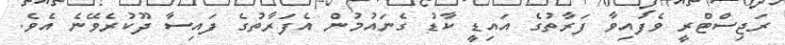
ރަޖިސްޓްރީ ވެފައިވާ ފަރާތުގެ އައިޑީ ކާޑު ގެނައުމުން އެފަރާތުގެ ފައިސާ ދޫކުރެވޭނެ އެވެ.